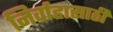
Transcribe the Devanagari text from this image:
निर्वाहासाठी